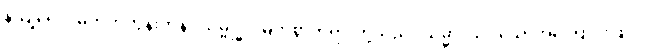
နိယျရေ၁၊ မတိုက်တွန်းကုန်။ သမ္ဗုဒ္ဓါ၊ မြတ်စွာဘုရားတို့သည်။ သမ္မာ၊ သင့်သောအကြောင်းဖြင့်။